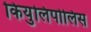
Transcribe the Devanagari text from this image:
कियुलिपोलिस